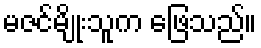
မဇင်မျိုးသူက ဖြေသည်။